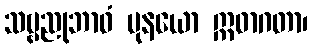
သဗ္ဗညုဘာဝံ မုနယော ဣဓာဂတာ၊